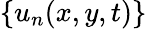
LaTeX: \{ u_{n}(x,y,t)\}